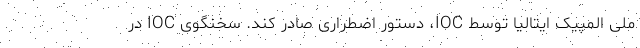
ملی المپیک ایتالیا توسط IOC، دستور اضطراری صادر کند. سخنگوی IOC در